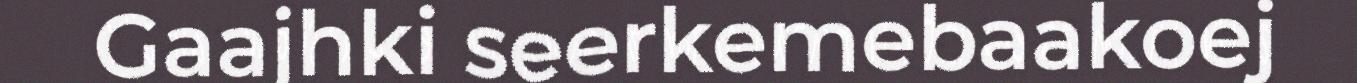
Gaajhki seerkemebaakoej